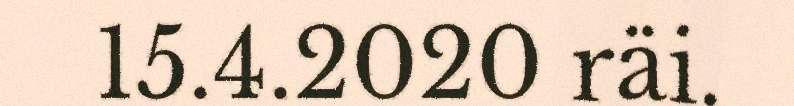
15.4.2020 räi.